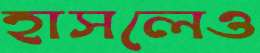
হাসলেও